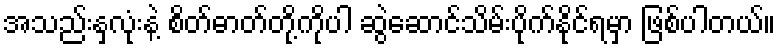
အသည်းနှလုံးနဲ့ စိတ်ဓာတ်တို့ကိုပါ ဆွဲဆောင်သိမ်းပိုက်နိုင်ရမှာ ဖြစ်ပါတယ်။